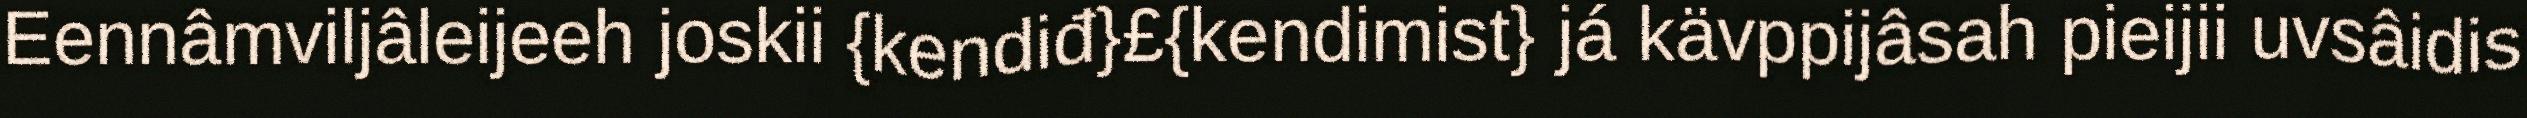
Eennâmviljâleijeeh joskii {kendiđ}£{kendimist} já kävppijâsah pieijii uvsâidis